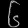
Digit: ၆